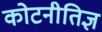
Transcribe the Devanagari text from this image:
कोटनीतिज्ञ